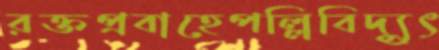
রক্তপ্রবাহেপল্লিবিদ্যুৎ